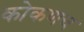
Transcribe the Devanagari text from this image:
कोकणच